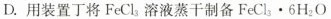
D.用装置丁将FeCl_{3} 溶液蒸干制备FeCl_{3} ·6H_{2} O